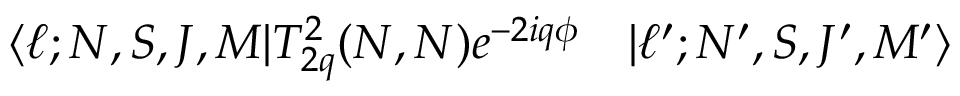
\begin{array} { r l } { \langle \ell ; N , S , J , M | T _ { 2 q } ^ { 2 } ( N , N ) e ^ { - 2 i q \phi } } & { { } | \ell ^ { \prime } ; N ^ { \prime } , S , J ^ { \prime } , M ^ { \prime } \rangle } \end{array}